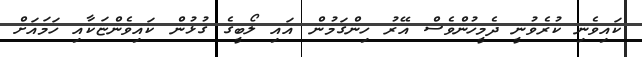
ކައިވެނި ކުރެވުނީ ދެމީހުންވެސް އޭރު ހިންގަމުން އައި ލޯބީގެ ގުޅުން ކައިވެންޏަކާއި ހަމައަށް